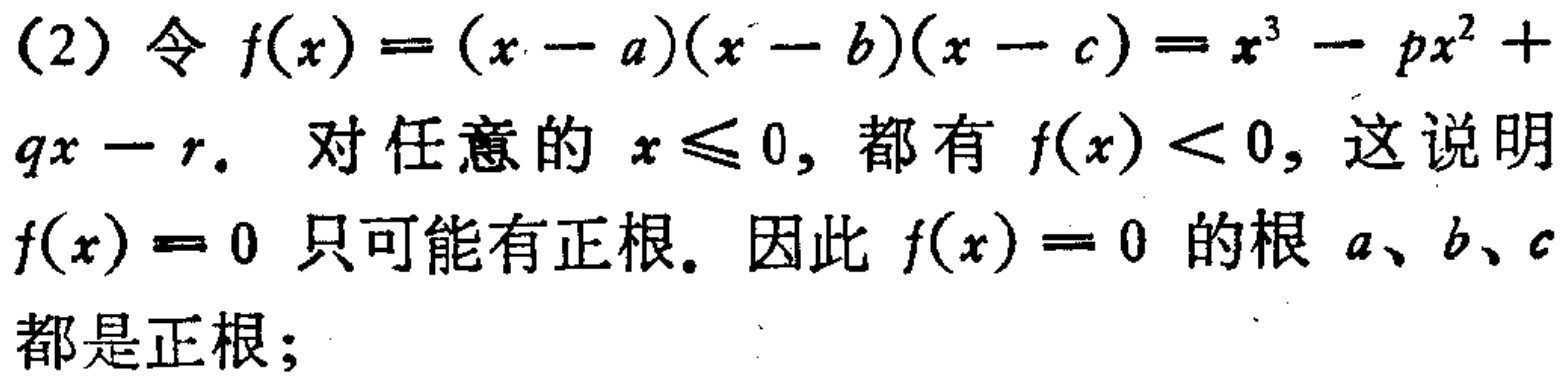
(2) 令 \(f(x)=(x - a)(x - b)(x - c)=x^{3}-px^{2}+qx - r\). 对任意的 \(x\leqslant0\), 都有 \(f(x)<0\), 这说明 \(f(x)=0\) 只可能有正根. 因此 \(f(x)=0\) 的根 \(a\)、\(b\)、\(c\) 都是正根;